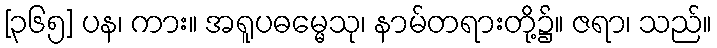
[၃၆၅] ပန၊ ကား။ အရူပဓမ္မေသု၊ နာမ်တရားတို့၌။ ဇရာ၊ သည်။